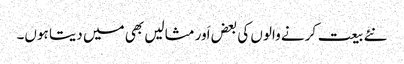
نئے بیعت کرنے والوں کی بعض اَور مثالیں بھی میں دیتا ہوں۔